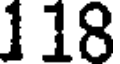
118